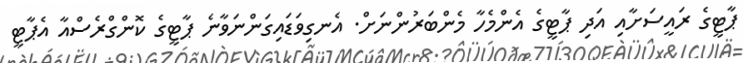
ޕާޓީގެ ރައީސަށާއި އަދި ޕާޓީގެ އެންމެހާ މެންބަރުންނަށް. އެނގިވަޑައިގަންނަވާނެ ޕާޓީގެ ކޮންގްރެސްއާ އެޕާޓީ